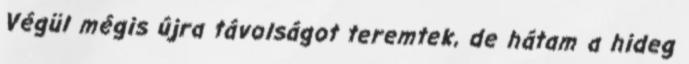
Végül mégis újra távolságot teremtek, de hátam a hideg